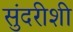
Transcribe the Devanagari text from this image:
सुंदरीशी